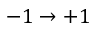
- 1 \rightarrow + 1